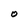
Character: O